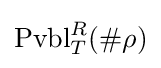
\operatorname {Pvbl} _{T}^{R}(\#\rho )